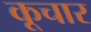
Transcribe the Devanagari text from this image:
कूचार